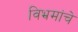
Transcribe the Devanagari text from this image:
विभ्रमांचे